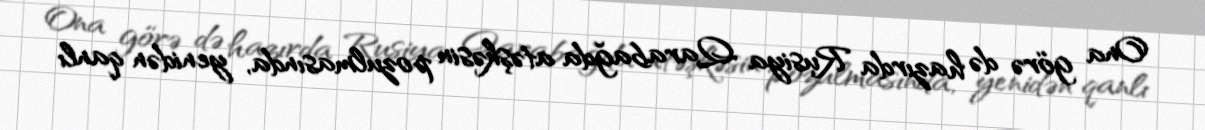
Ona görə də hazırda Rusiya Qarabağda atəşkəsin pozulmasında, yenidən qanlı